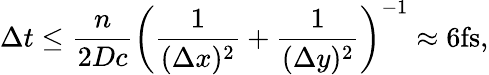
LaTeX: \Delta t\leq\frac{n}{2Dc}\left(\frac{1}{(\Delta x)^{2}}+\frac{1}{(\Delta y)^{2}}\right)^{-1}\approx 6\textnormal{fs},